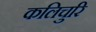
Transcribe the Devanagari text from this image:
कलिचुरि